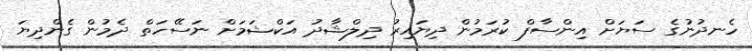
ހެނދުނުގެ ސަޔަށް އިންސާފް ކުރަމުން ދިޔައިރު ދިލްޝާދު އަކްޝަމަށް ނަސޭހަތް ދެމުން ގެންދިޔަ